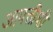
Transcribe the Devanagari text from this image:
आपत्तीशी